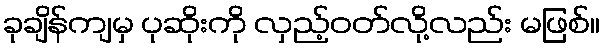
ခုချိန်ကျမှ ပုဆိုးကို လှည့်ဝတ်လို့လည်း မဖြစ်။